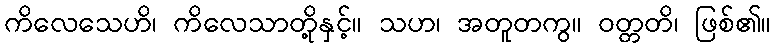
ကိလေသေဟိ၊ ကိလေသာတို့နှင့်။ သဟ၊ အတူတကွ။ ဝတ္တတိ၊ ဖြစ်၏။